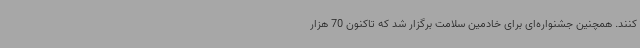
کنند. همچنین جشنواره‌ای برای خادمین سلامت برگزار شد که تاکنون 70 هزار